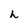
Character: h